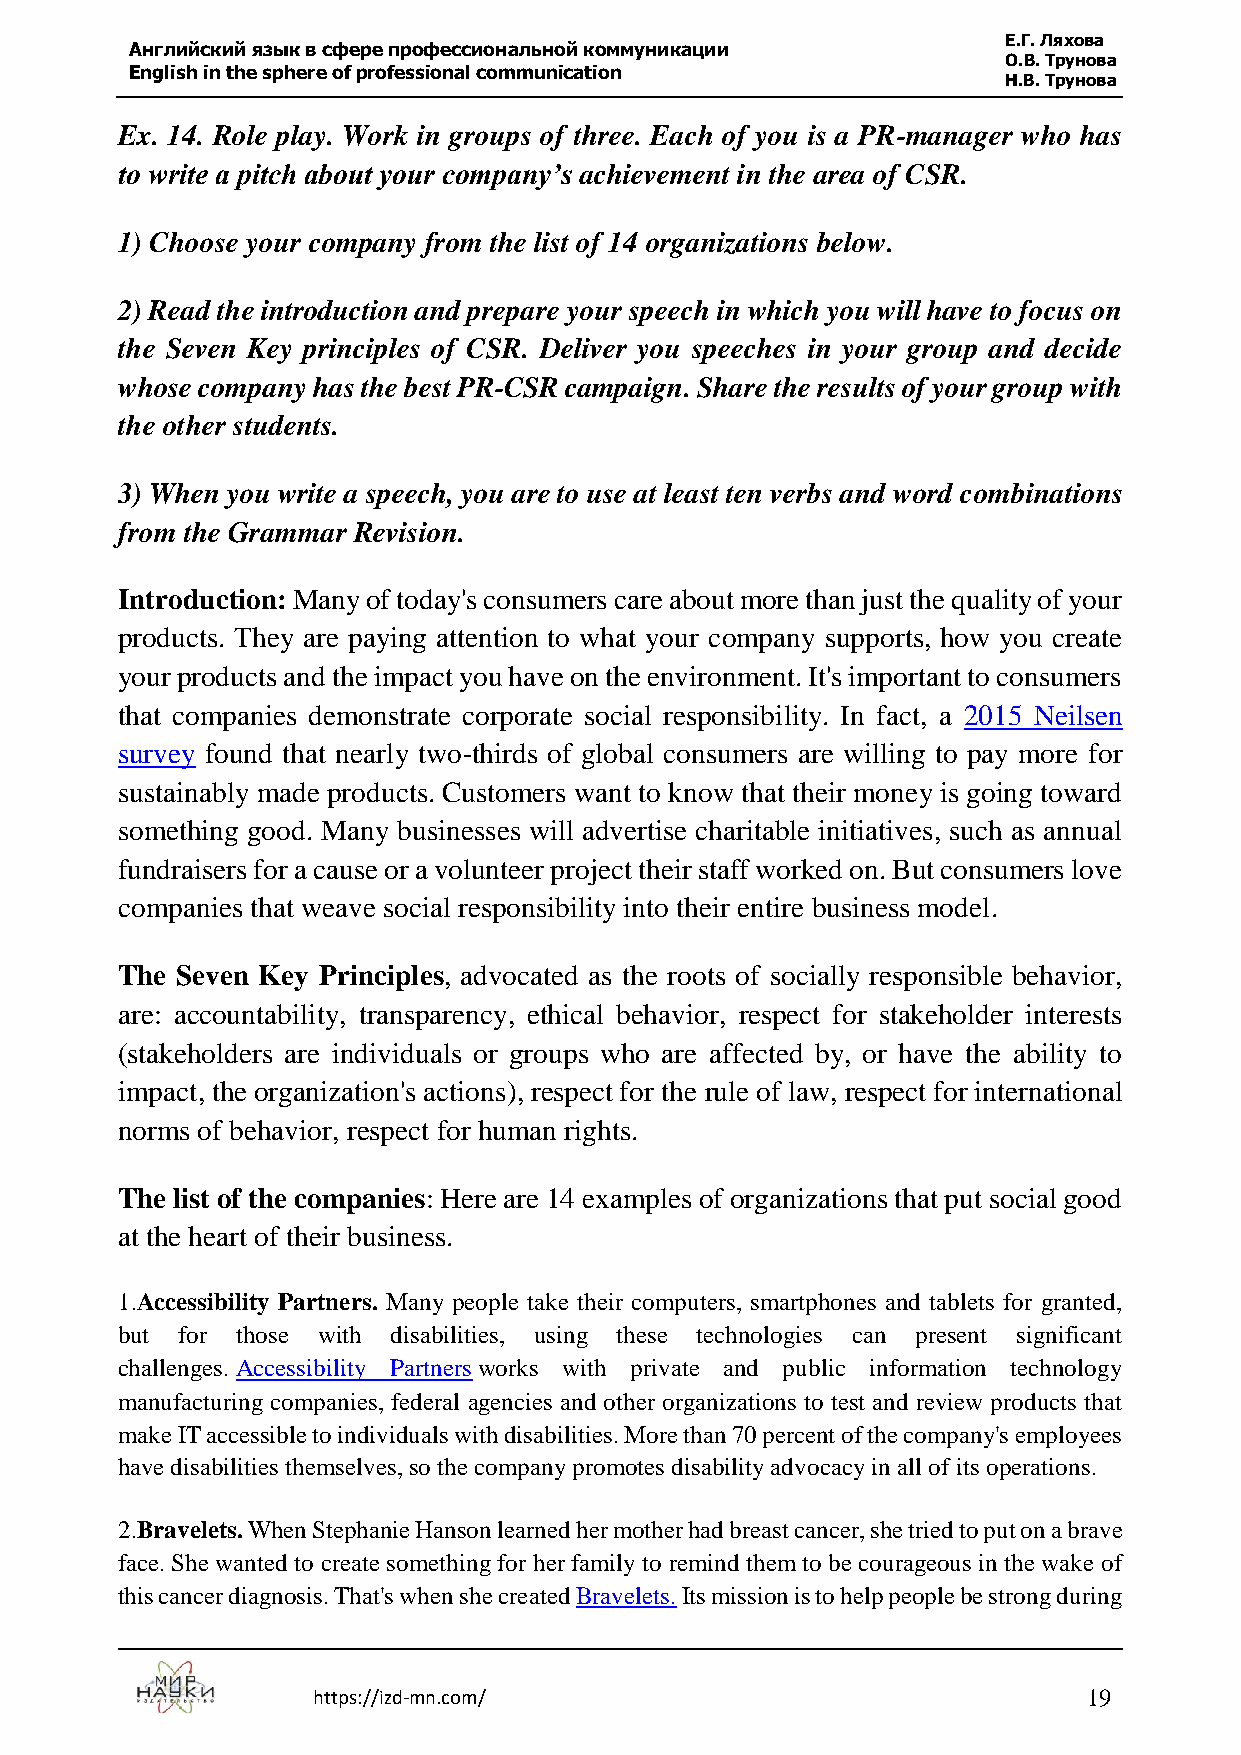
Е.Г. Ляхова
 Английский язык в сфере профессиональной коммуникации
 О.В. Трунова
 English in the sphere of professional communication
 Н.В. Трунова
 Ex. 14. Role play. Work in groups of three. Each of you is a PR-manager who has
 to write a pitch about your company’s achievement in the area of CSR.
 1) Choose your company from the list of 14 organizations below.
 2) Read the introduction and prepare your speech in which you will have to focus on
 the Seven Key principles of CSR. Deliver you speeches in your group and decide
 whose company has the best PR-CSR campaign. Share the results of your group with
 the other students.
 3) When you write a speech, you are to use at least ten verbs and word combinations
 from the Grammar Revision.
 Introduction: Many of today's consumers care about more than just the quality of your
 products. They are paying attention to what your company supports, how you create
 your products and the impact you have on the environment. It's important to consumers
 that companies demonstrate corporate social responsibility. In fact, a 2015 Neilsen
 survey found that nearly two-thirds of global consumers are willing to pay more for
 sustainably made products. Customers want to know that their money is going toward
 something good. Many businesses will advertise charitable initiatives, such as annual
 fundraisers for a cause or a volunteer project their staff worked on. But consumers love
 companies that weave social responsibility into their entire business model.
 The Seven Key Principles, advocated as the roots of socially responsible behavior,
 are: accountability, transparency, ethical behavior, respect for stakeholder interests
 (stakeholders are individuals or groups who are affected by, or have the ability to
 impact, the organization's actions), respect for the rule of law, respect for international
 norms of behavior, respect for human rights.
 The list of the companies: Here are 14 examples of organizations that put social good
 at the heart of their business.
 1.Accessibility Partners. Many people take their computers, smartphones and tablets for granted,
 but for those with disabilities, using these technologies can present significant
 challenges. Accessibility Partners works with private and public information technology
 manufacturing companies, federal agencies and other organizations to test and review products that
 make IT accessible to individuals with disabilities. More than 70 percent of the company's employees
 have disabilities themselves, so the company promotes disability advocacy in all of its operations.
 2.Bravelets. When Stephanie Hanson learned her mother had breast cancer, she tried to put on a brave
 face. She wanted to create something for her family to remind them to be courageous in the wake of
 this cancer diagnosis. That's when she created Bravelets. Its mission is to help people be strong during
 https://izd-mn.com/                                19